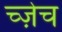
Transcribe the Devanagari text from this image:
च्ज़ेच